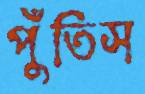
পুঁতিস